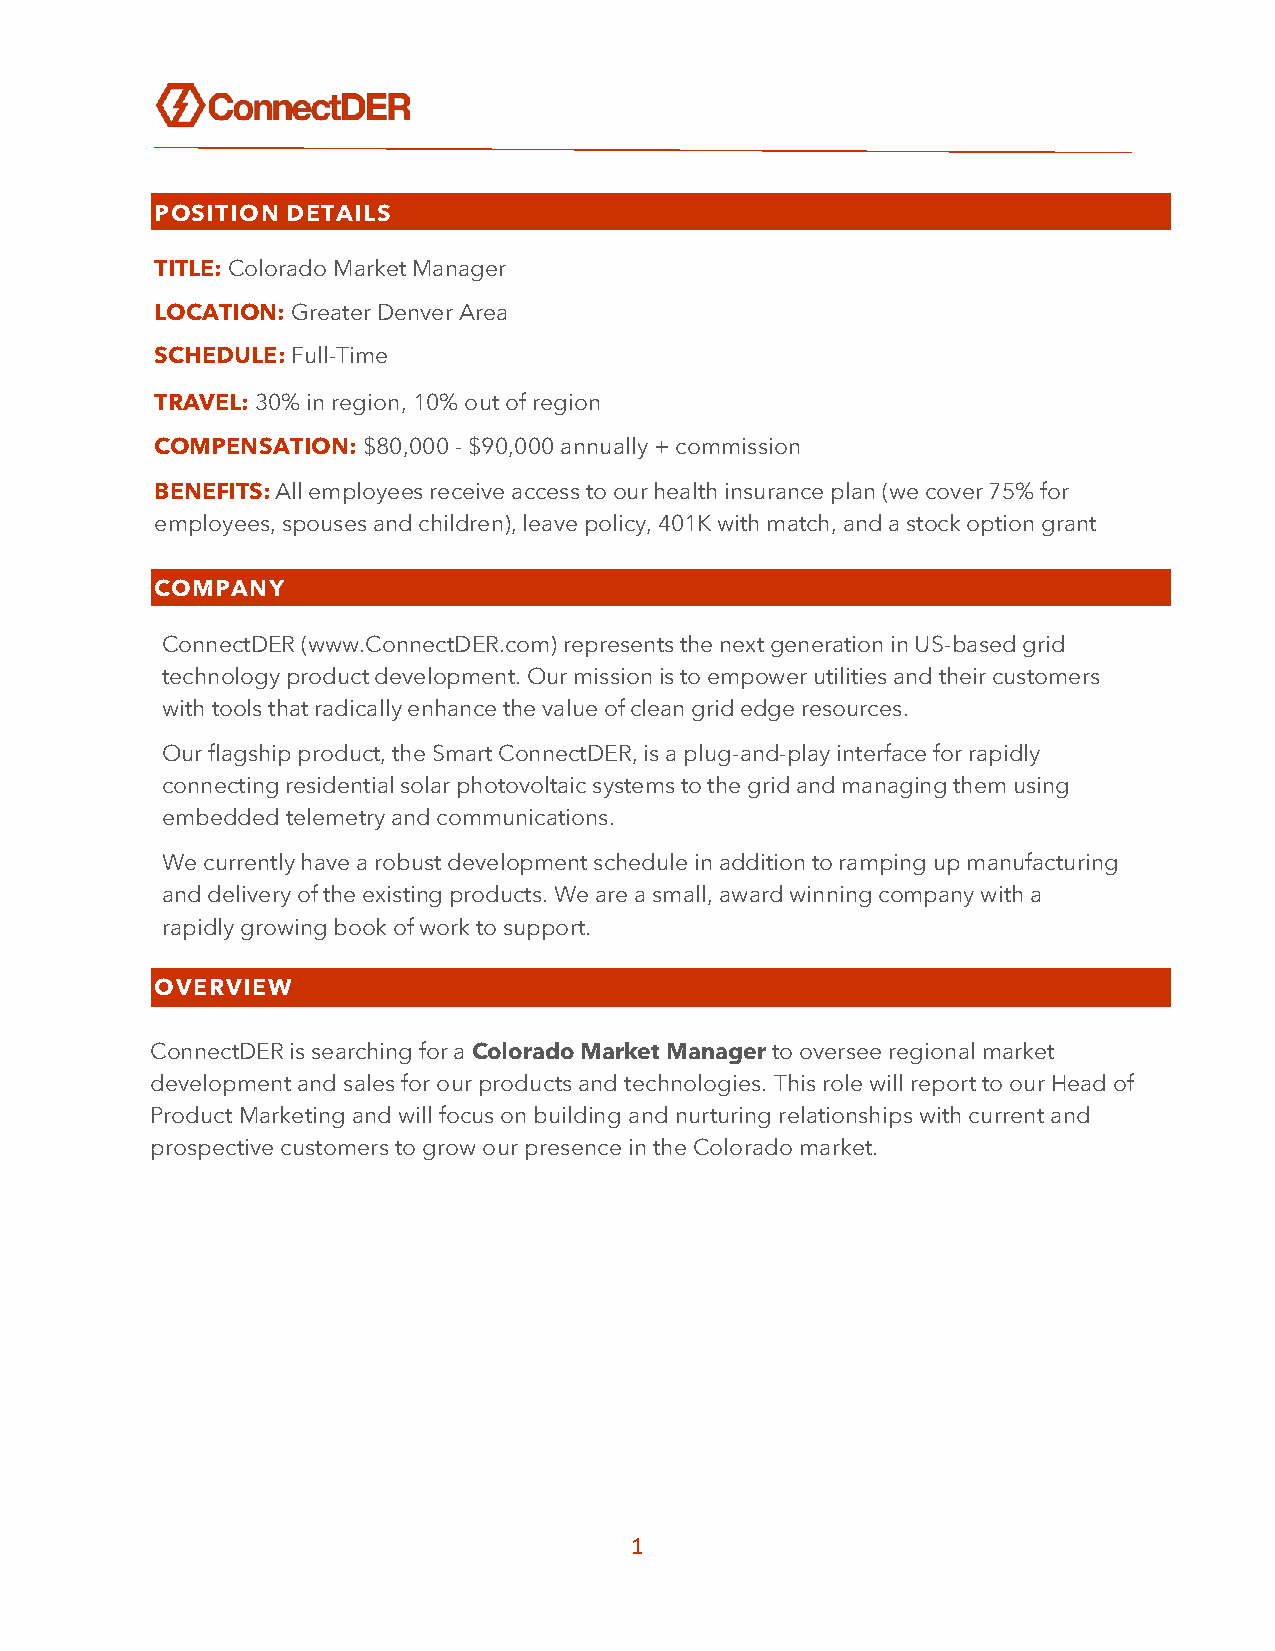
POSITION DETAILS
 TITLE: Colorado Market Manager
 LOCATION: Greater Denver Area
 SCHEDULE: Full-Time
 TRAVEL: 30% in region, 10% out of region
 COMPENSATION: $80,000 - $90,000 annually + commission
 BENEFITS: All employees receive access to our health insurance plan (we cover 75% for
 employees, spouses and children), leave policy, 401K with match, and a stock option grant
 COMPANY
 ConnectDER (www.ConnectDER.com) represents the next generation in US-based grid
 technology product development. Our mission is to empower utilities and their customers
 with tools that radically enhance the value of clean grid edge resources.
 Our flagship product, the Smart ConnectDER, is a plug-and-play interface for rapidly
 connecting residential solar photovoltaic systems to the grid and managing them using
 embedded telemetry and communications.
 We currently have a robust development schedule in addition to ramping up manufacturing
 and delivery of the existing products. We are a small, award winning company with a
 rapidly growing book of work to support.
 OVERVIEW
 ConnectDER is searching for a Colorado Market Manager to oversee regional market
 development and sales for our products and technologies. This role will report to our Head of
 Product Marketing and will focus on building and nurturing relationships with current and
 prospective customers to grow our presence in the Colorado market.
 1